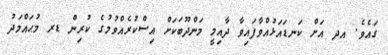
ގައެވެ. އދ އަށް ކަނޑައަޅުއްވާފައިވާ ދާއިމީ މަންދޫބަކަށް އިސްކުރެއްވުމުގެ ކުރިން ޑރ މުޙައްމަދު